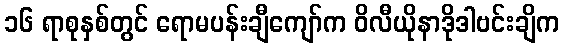
၁၆ ရာစုနှစ်တွင် ရောမပန်းချီကျော်က ဝိလီယိုနာဒိုဒါဗင်းချိက